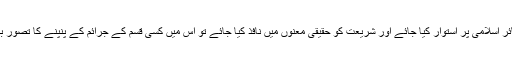
اگر معاشرے کو شعائر اسلامی پر استوار کیا جائے اور شریعت کو حقیقی معنوں میں نافذ کیا جائے تو اس میں کسی قسم کے جرائم کے پنپنے کا تصور بھی پیدا نہیں ہو سکتا۔